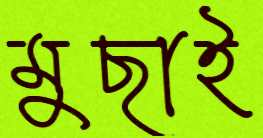
মুছাই